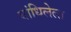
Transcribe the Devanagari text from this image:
बांधिलेला